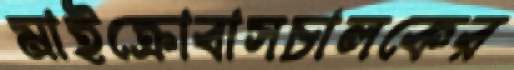
মাইক্রোবাসচালকের